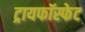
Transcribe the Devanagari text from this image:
ट्रायफॉस्फेट